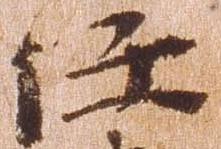
任